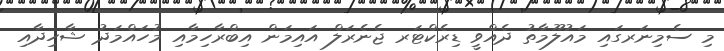
މި ސެމިނަރގައި މައުލޫމާތު ދެއްވީ ޑިރެކްޓަރ ޖެނެރަލް އައިމަން އިބްރާހިމާއި މުހައްމަދު ޝާހިދާއި